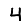
Digit: 4